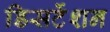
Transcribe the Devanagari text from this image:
डिसर्टेशन